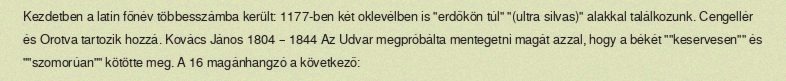
Kezdetben a latin főnév többesszámba került: 1177-ben két oklevélben is "erdőkön túl" "(ultra silvas)" alakkal találkozunk. Cengellér és Orotva tartozik hozzá. Kovács János 1804 – 1844 Az Udvar megpróbálta mentegetni magát azzal, hogy a békét ""keservesen"" és ""szomorúan"" kötötte meg. A 16 magánhangzó a következő: